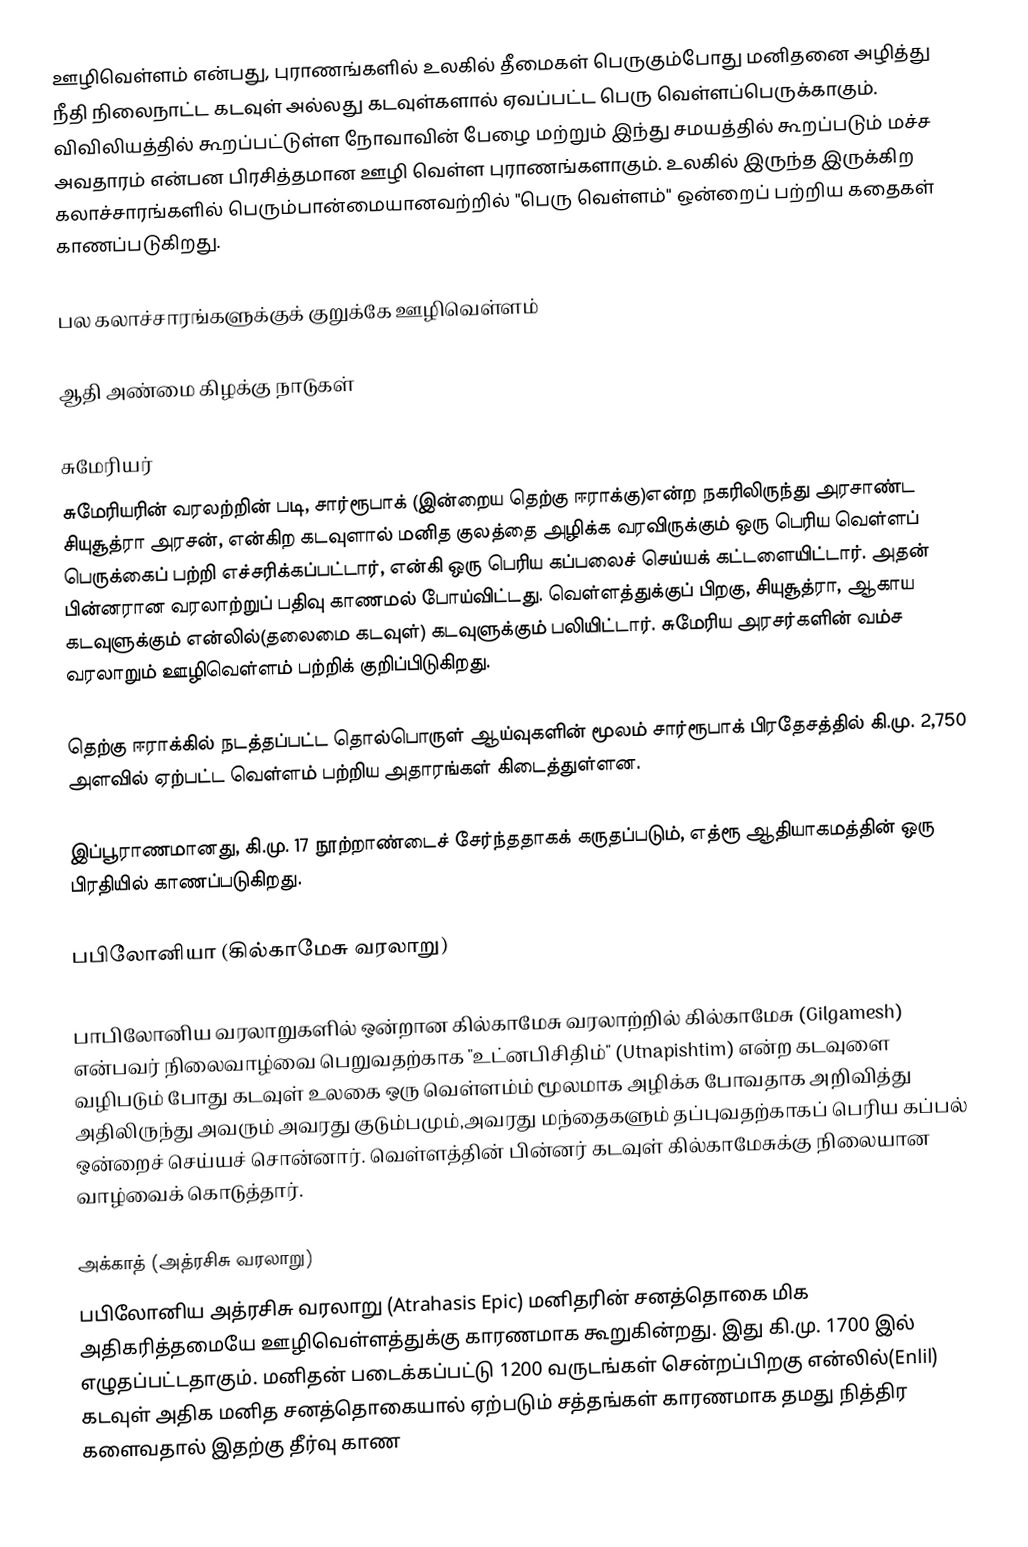
ஊழிவெள்ளம் என்பது, புராணங்களில் உலகில் தீமைகள் பெருகும்போது மனிதனை அழித்து நீதி நிலைநாட்ட கடவுள் அல்லது கடவுள்களால் ஏவப்பட்ட பெரு வெள்ளப்பெருக்காகும். விவிலியத்தில் கூறப்பட்டுள்ள நோவாவின் பேழை மற்றும் இந்து சமயத்தில் கூறப்படும் மச்ச அவதாரம் என்பன பிரசித்தமான ஊழி வெள்ள புராணங்களாகும். உலகில் இருந்த இருக்கிற கலாச்சாரங்களில் பெரும்பான்மையானவற்றில் "பெரு வெள்ளம்" ஒன்றைப் பற்றிய கதைகள் காணப்படுகிறது.

பல கலாச்சாரங்களுக்குக்  குறுக்கே ஊழிவெள்ளம்

ஆதி அண்மை கிழக்கு நாடுகள்

சுமேரியர்
சுமேரியரின் வரலற்றின் படி, சார்ரூபாக் (இன்றைய தெற்கு ஈராக்கு)என்ற நகரிலிருந்து அரசாண்ட  சியுசூத்ரா அரசன், என்கிற கடவுளால் மனித குலத்தை அழிக்க வரவிருக்கும் ஒரு பெரிய வெள்ளப் பெருக்கைப் பற்றி எச்சரிக்கப்பட்டார், என்கி ஒரு பெரிய கப்பலைச் செய்யக்  கட்டளையிட்டார். அதன் பின்னரான வரலாற்றுப் பதிவு காணமல் போய்விட்டது. வெள்ளத்துக்குப் பிறகு, சியுசூத்ரா, ஆகாய கடவுளுக்கும் என்லில்(தலைமை கடவுள்) கடவுளுக்கும் பலியிட்டார். சுமேரிய அரசர்களின் வம்ச வரலாறும் ஊழிவெள்ளம் பற்றிக் குறிப்பிடுகிறது.

தெற்கு ஈராக்கில் நடத்தப்பட்ட தொல்பொருள் ஆய்வுகளின் மூலம் சார்ரூபாக் பிரதேசத்தில் கி.மு. 2,750 அளவில் ஏற்பட்ட வெள்ளம் பற்றிய அதாரங்கள் கிடைத்துள்ளன.

இப்பூராணமானது, கி.மு. 17 நூற்றாண்டைச் சேர்ந்ததாகக்  கருதப்படும், எத்ரூ ஆதியாகமத்தின் ஒரு பிரதியில் காணப்படுகிறது.

பபிலோனியா (கில்காமேசு வரலாறு)

பாபிலோனிய வரலாறுகளில் ஒன்றான கில்காமேசு வரலாற்றில் கில்காமேசு (Gilgamesh) என்பவர் நிலைவாழ்வை பெறுவதற்காக "உட்னபிசிதிம்" (Utnapishtim) என்ற கடவுளை வழிபடும் போது கடவுள் உலகை ஒரு வெள்ளம்ம் மூலமாக அழிக்க போவதாக அறிவித்து அதிலிருந்து அவரும் அவரது குடும்பமும்,அவரது மந்தைகளும் தப்புவதற்காகப்  பெரிய கப்பல் ஒன்றைச் செய்யச் சொன்னார். வெள்ளத்தின் பின்னர் கடவுள் கில்காமேசுக்கு நிலையான வாழ்வைக் கொடுத்தார்.

அக்காத் (அத்ரசிசு வரலாறு)
பபிலோனிய அத்ரசிசு வரலாறு (Atrahasis Epic) மனிதரின் சனத்தொகை மிக அதிகரித்தமையே ஊழிவெள்ளத்துக்கு காரணமாக கூறுகின்றது. இது கி.மு. 1700 இல் எழுதப்பட்டதாகும். மனிதன் படைக்கப்பட்டு 1200 வருடங்கள் சென்றப்பிறகு என்லில்(Enlil) கடவுள் அதிக மனித சனத்தொகையால் ஏற்படும் சத்தங்கள் காரணமாக தமது நித்திர களைவதால் இதற்கு தீர்வு காண